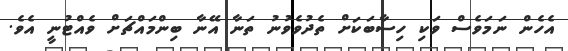
އެހެން ނަމަވެސް ވަކި ހިސާބަކަށް ތެދުވެވުނު ތަނާ އޭނާ ބިންމައްޗަށް ވެއްޓުނީ އެވެ.